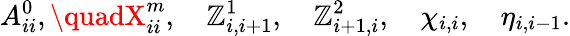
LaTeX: A_{ii}^{0},\quadX_{ii}^{m},\quad\mathbb{Z}_{i,i+1}^{1},\quad\mathbb{Z}_{i+1,i}^{2},\quad\chi_{i,i},\quad\eta_{i,i-1}.